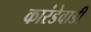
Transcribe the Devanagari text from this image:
कारंडेवाडी